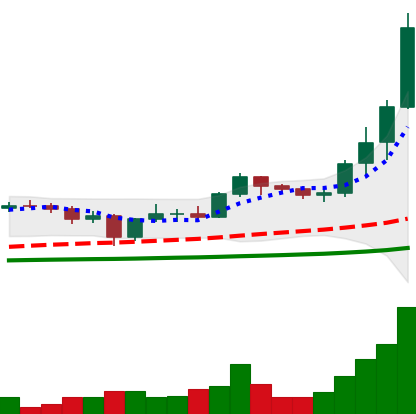
Ticker: ADA-USD
Chart end date: 2021-01-06
Forward return: -17.003%
Label: down_7plus